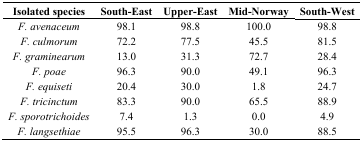
| Isolated species | South-East | Upper-East | Mid-Norway | South-West |
 | --- | --- | --- | --- | --- |
 | F. avenaceum | 98.1 | 98.8 | 100.0 | 98.8 |
 | F. culmorum | 72.2 | 77.5 | 45.5 | 81.5 |
 | F. graminearum | 13.0 | 31.3 | 72.7 | 28.4 |
 | F. poae | 96.3 | 90.0 | 49.1 | 96.3 |
 | F. equiseti | 20.4 | 30.0 | 1.8 | 24.7 |
 | F. tricinctum | 83.3 | 90.0 | 65.5 | 88.9 |
 | F. sporotrichoides | 7.4 | 1.3 | 0.0 | 4.9 |
 | F. langsethiae | 95.5 | 96.3 | 30.0 | 88.5 |